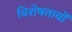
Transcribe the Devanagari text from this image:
विशेषतायों